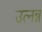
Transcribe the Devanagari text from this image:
उत्नन्न